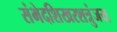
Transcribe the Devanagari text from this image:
संभेदशिखरशत्रुंजय